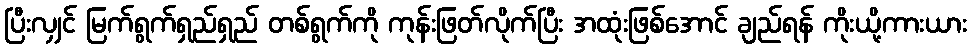
ပြီးလျှင် မြက်ရွက်ရှည်ရှည် တစ်ရွက်ကို ကုန်းဖြတ်လိုက်ပြီး အထုံးဖြစ်အောင် ချည်ရန် ကိုးယို့ကားယား